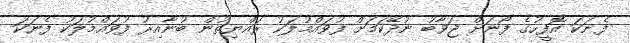
ފެނަކަ އޮފީހުގެ ފޯނަށް ޖަވާބު ނުދޭކަމަށް ފުވައްމުލަކު ރައްޔިތުން ބުނާއިރު ފުވައްމުލަކު ފެނަކަ